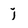
Character: j